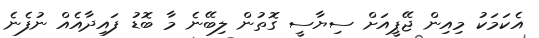
އެކަމަކު މިއިން ޖޭޕީއަށް ސިޔާސީ ގޮތުން ލިބޭނެ މާ ބޮޑު ފައިދާއެއް ނުފެނެ